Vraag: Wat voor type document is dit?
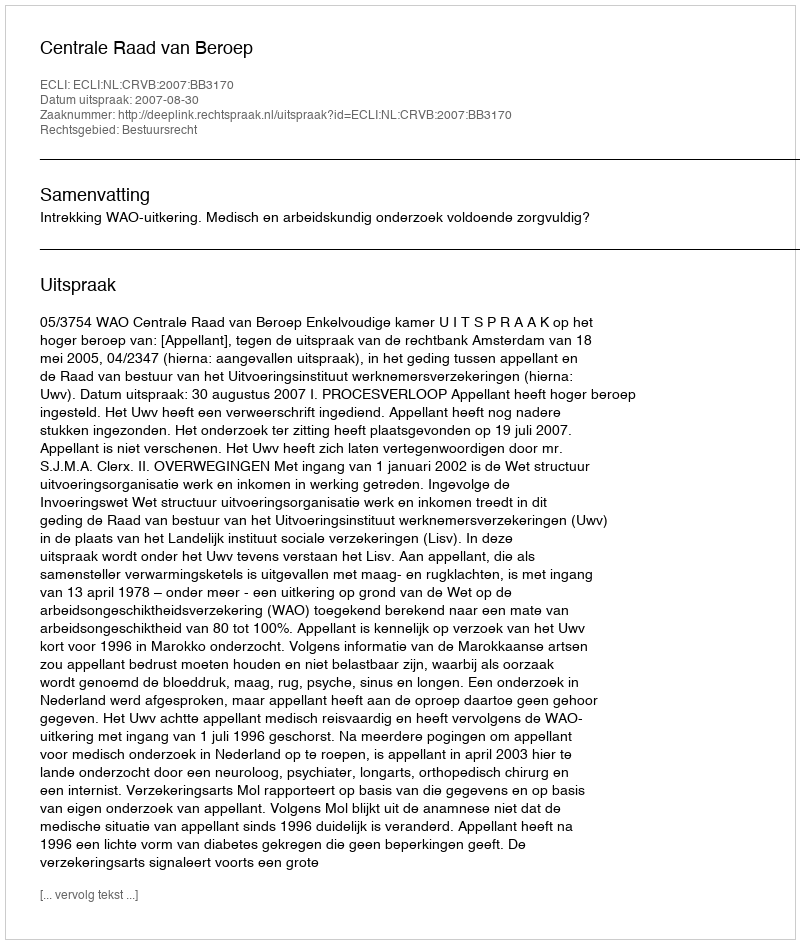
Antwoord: Uitspraak